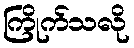
ကြိုက်သလို